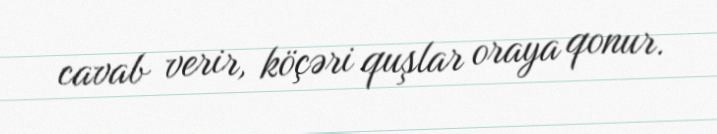
cavab verir, köçəri quşlar oraya qonur.